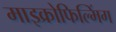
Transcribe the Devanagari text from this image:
माइक्रोफिल्मिंग